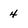
Character: 4